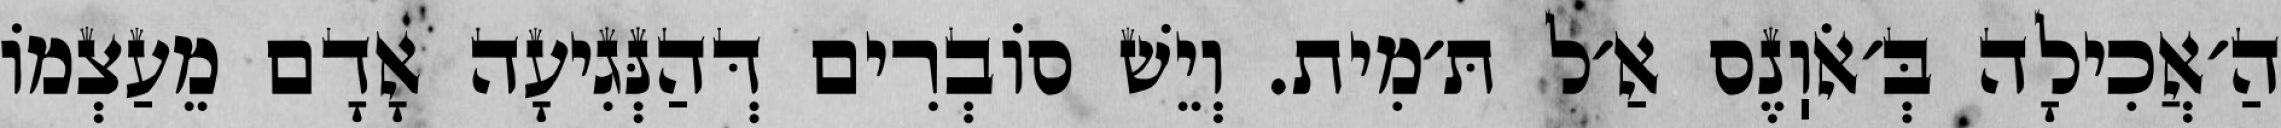
הַ׳אֲכִילָה בְּ׳אֹוֽנֶס אַ׳ל תּ׳מִית. וְיֵשׁ סוֹבְרִים דְּהַנְּגִיעָה אָדָם מֵעַצְמוֹ